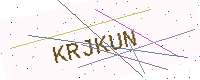
Text: KRJKUN